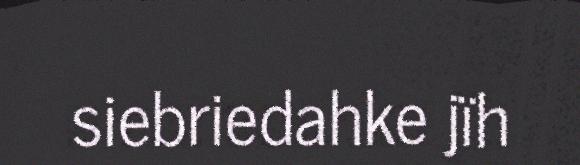
siebriedahke jïh